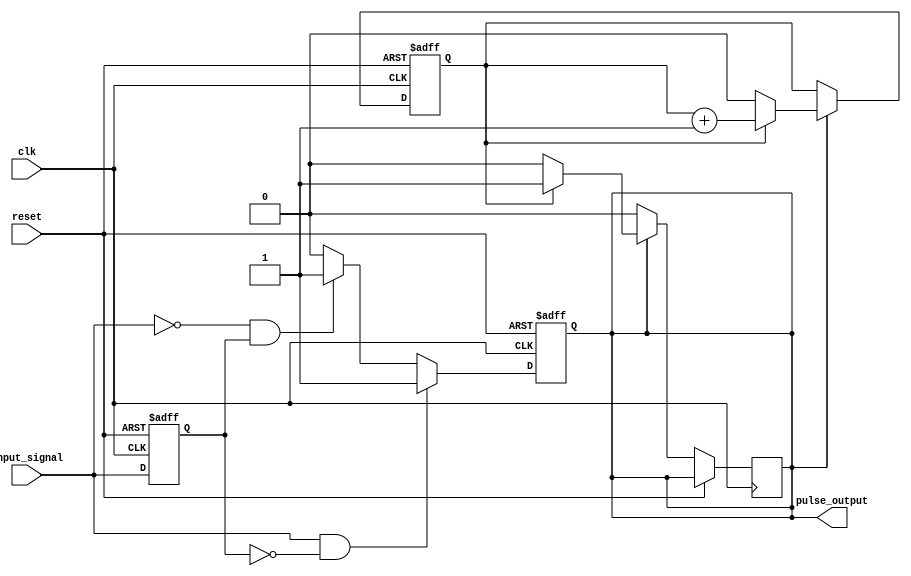
module pulse_edge_detector (
    input wire clk,              // Clock signal
    input wire reset,            // Reset signal
    input wire input_signal,     // Input signal to detect edges
    output reg pulse_output       // Output pulse signal
);

    reg previous_state;          // Register to store previous state of input_signal

    // Define the pulse width (in clock cycles)
    parameter PULSE_WIDTH = 1;   // Pulse width in clock cycles

    // Edge detection and pulse generation
    always @(posedge clk or posedge reset) begin
        if (reset) begin
            previous_state <= 0;  // Reset previous state
            pulse_output <= 0;     // Reset pulse output
        end else begin
            // Edge Detection Logic
            if (input_signal && !previous_state) begin
                // Rising edge detected
                pulse_output <= 1;   // Generate pulse on rising edge
            end else if (!input_signal && previous_state) begin
                // Falling edge detected
                pulse_output <= 1;   // Generate pulse on falling edge
            end else begin
                // No edge detected
                pulse_output <= 0;    // Clear pulse output
            end
            
            // Update previous state for the next clock cycle
            previous_state <= input_signal;
        end
    end

    // Generate pulse width control
    reg [PULSE_WIDTH-1:0] pulse_counter; // Counter for pulse width
    always @(posedge clk or posedge reset) begin
        if (reset) begin
            pulse_counter <= 0;     // Reset pulse counter
        end else if (pulse_output) begin
            pulse_counter <= pulse_counter + 1; // Increment counter while pulse is high
            if (pulse_counter == PULSE_WIDTH-1) begin
                pulse_output <= 0;   // Reset pulse output after defined width
                pulse_counter <= 0;   // Reset pulse counter
            end
        end
    end
endmodule